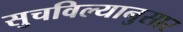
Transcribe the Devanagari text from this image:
सुचविल्यानुसार